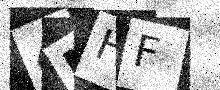
Text: 4MHF